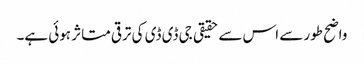
واضح طور سے اس سے حقیقی جی ڈی ڈی کی ترقی متاثر ہوئی ہے۔